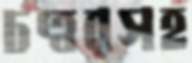
চত্বরসহ